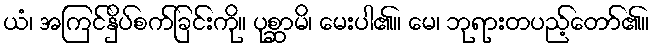
ယံ၊ အကြင်နှိပ်စက်ခြင်းကို။ ပုစ္ဆာမိ၊ မေးပါ၏။ မေ၊ ဘုရားတပည့်တော်၏။